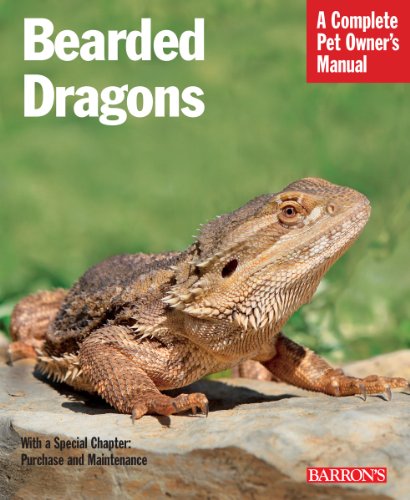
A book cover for Bearded Dragons (Complete Pet Owner's Manual); Manfred Au; Crafts, Hobbies & Home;